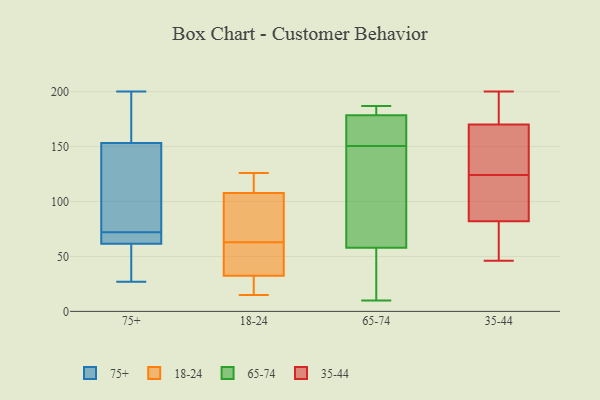
{"axis": {"x": "Humidity (%)", "y": "Value"}, "legend": ["18-24", "35-44", "65-74", "75+"], "data": [{"x": "", "y": 72, "type": "75+"}, {"x": "", "y": 72, "type": "75+"}, {"x": "", "y": 59, "type": "75+"}, {"x": "", "y": 155, "type": "75+"}, {"x": "", "y": 71, "type": "75+"}, {"x": "", "y": 53, "type": "75+"}, {"x": "", "y": 69, "type": "75+"}, {"x": "", "y": 86, "type": "75+"}, {"x": "", "y": 27, "type": "75+"}, {"x": "", "y": 173, "type": "75+"}, {"x": "", "y": 110, "type": "75+"}, {"x": "", "y": 148, "type": "75+"}, {"x": "", "y": 200, "type": "75+"}, {"x": "", "y": 38, "type": "75+"}, {"x": "", "y": 199, "type": "75+"}, {"x": "", "y": 70, "type": "18-24"}, {"x": "", "y": 18, "type": "18-24"}, {"x": "", "y": 86, "type": "18-24"}, {"x": "", "y": 115, "type": "18-24"}, {"x": "", "y": 126, "type": "18-24"}, {"x": "", "y": 63, "type": "18-24"}, {"x": "", "y": 34, "type": "18-24"}, {"x": "", "y": 126, "type": "18-24"}, {"x": "", "y": 32, "type": "18-24"}, {"x": "", "y": 15, "type": "18-24"}, {"x": "", "y": 38, "type": "18-24"}, {"x": "", "y": 187, "type": "65-74"}, {"x": "", "y": 136, "type": "65-74"}, {"x": "", "y": 75, "type": "65-74"}, {"x": "", "y": 175, "type": "65-74"}, {"x": "", "y": 147, "type": "65-74"}, {"x": "", "y": 41, "type": "65-74"}, {"x": "", "y": 181, "type": "65-74"}, {"x": "", "y": 126, "type": "65-74"}, {"x": "", "y": 181, "type": "65-74"}, {"x": "", "y": 10, "type": "65-74"}, {"x": "", "y": 27, "type": "65-74"}, {"x": "", "y": 154, "type": "65-74"}, {"x": "", "y": 176, "type": "65-74"}, {"x": "", "y": 186, "type": "65-74"}, {"x": "", "y": 175, "type": "65-74"}, {"x": "", "y": 155, "type": "65-74"}, {"x": "", "y": 182, "type": "65-74"}, {"x": "", "y": 18, "type": "65-74"}, {"x": "", "y": 140, "type": "65-74"}, {"x": "", "y": 34, "type": "65-74"}, {"x": "", "y": 170, "type": "35-44"}, {"x": "", "y": 164, "type": "35-44"}, {"x": "", "y": 73, "type": "35-44"}, {"x": "", "y": 92, "type": "35-44"}, {"x": "", "y": 177, "type": "35-44"}, {"x": "", "y": 140, "type": "35-44"}, {"x": "", "y": 62, "type": "35-44"}, {"x": "", "y": 82, "type": "35-44"}, {"x": "", "y": 81, "type": "35-44"}, {"x": "", "y": 177, "type": "35-44"}, {"x": "", "y": 200, "type": "35-44"}, {"x": "", "y": 163, "type": "35-44"}, {"x": "", "y": 124, "type": "35-44"}, {"x": "", "y": 124, "type": "35-44"}, {"x": "", "y": 192, "type": "35-44"}, {"x": "", "y": 103, "type": "35-44"}, {"x": "", "y": 101, "type": "35-44"}, {"x": "", "y": 46, "type": "35-44"}]}